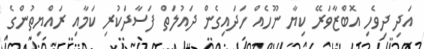
އަދި ދިވެހި އޮބްޒާވަރޭ ކިޔާ ނޫހެއް ހަދައިގެން ދައުލަތް ފަސާދަކުރި ކަމާއި ރައްޔިތުންގެ